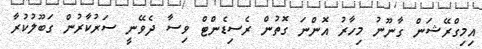
އިމިގްރޭޝަން ގާނޫނު މިހާރު އޮންނަ ގޮތުން ރެސިޑެންޓް ވިސާ ދެވޭނީ ސަރުކާރުން ގަބޫލުކުރާ